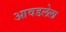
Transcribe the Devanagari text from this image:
आवडलेला